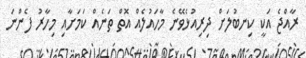
ރާއްޖެ އަކީ ކިނބުލަށް ދިރިއުޅެވޭނެ މާހައުލެއް އޮތް ތަނެއް ކަމަށާއި މިހާރު ފެންނަ